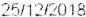
25/12/2018